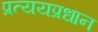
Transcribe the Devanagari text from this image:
प्रत्ययप्रधान